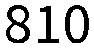
810